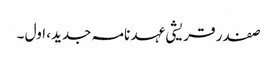
صفدر قریشی عہد نامہ جدید، اول ۔